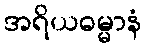
အရိယဓမ္မာနံ